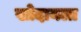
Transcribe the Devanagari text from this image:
खोदायला